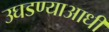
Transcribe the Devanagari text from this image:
उघडण्याआधी